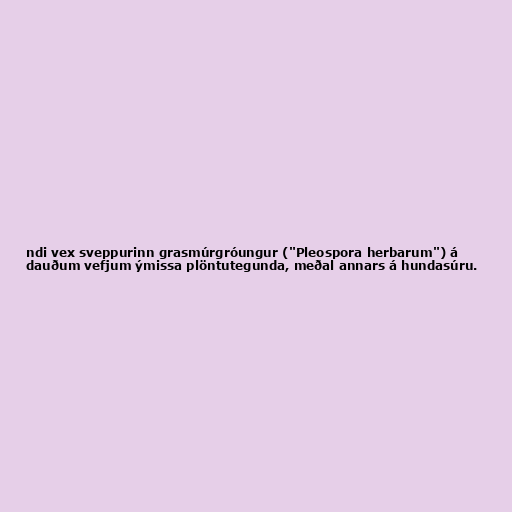
ndi vex sveppurinn grasmúrgróungur ("Pleospora herbarum") á
dauðum vefjum ýmissa plöntutegunda, meðal annars á hundasúru.